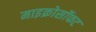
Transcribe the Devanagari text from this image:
माइक्रोसॉफट